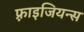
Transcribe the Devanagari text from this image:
फ़्राइजियन्स